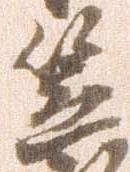
笠